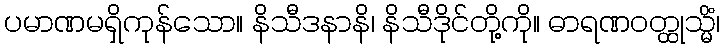
ပမာဏမရှိကုန်သော။ နိသီဒနာနိ၊ နိသီဒိုင်တို့ကို။ ဓာရဏဝတ္ထုသ္မိံ၊